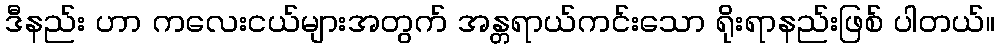
ဒီနည်း ဟာ ကလေးငယ်များအတွက် အန္တရာယ်ကင်းသော ရိုးရာနည်းဖြစ် ပါတယ်။